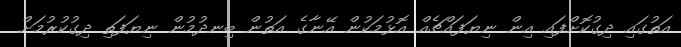
އަތުގައި ދިގުކޮށްފައި އިން ނިޔަފައްޗެއް އޮޅުމަކުން އޭނާގެ އަތުން ބިނދުމުން ނިޔަފަތި ދިގުކުރުމަށް